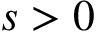
s > 0